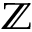
\mathbb { Z }